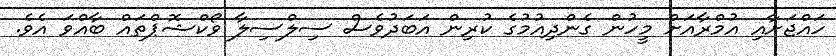
ހައްޖަށާއި އުމްރާއަށް މީހުން ގެންދިއުމުގެ ކުރިން އަބަދުވެސް ސިލްސިލާ ވޯކްޝޮޕްތައް ބާއްވަ އެވެ.